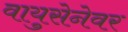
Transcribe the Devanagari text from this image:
वायुसेनेवर